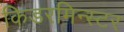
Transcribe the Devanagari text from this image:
किडरमिन्स्टर